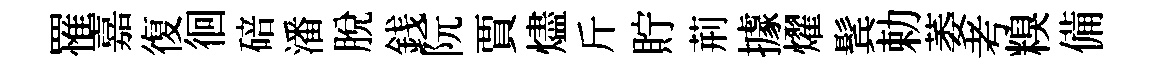
罹嘉復徊碚潘脫銭阮賈燼斤貯荊據燿鬂勅萎考糗備